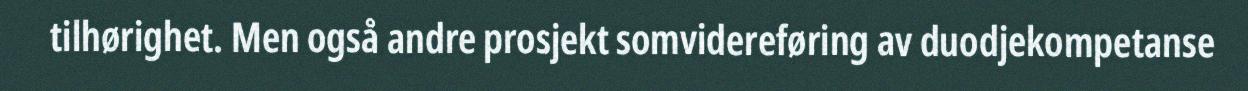
tilhørighet. Men også andre prosjekt somvidereføring av duodjekompetanse